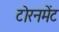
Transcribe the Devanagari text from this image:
टोरनमेंट